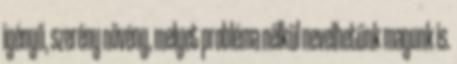
igényű, szerény növény, melyet probléma nélkül nevelhetünk magunk is.